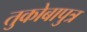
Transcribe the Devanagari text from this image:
तुकोबापुत्र